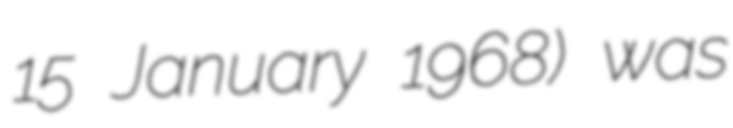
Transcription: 15 January 1968) was